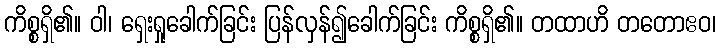
ကိစ္စရှိ၏။ ဝါ၊ ရှေးရှုခေါက်ခြင်း ပြန်လှန်၍ခေါက်ခြင်း ကိစ္စရှိ၏။ တထာဟိ တတောဧဝ၊